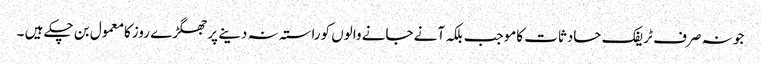
جو نہ صرف ٹریفک حادثات کاموجب بلکہ آنے جانے والوں کوراستہ نہ دینے پرجھگڑے روزکامعمول بن چکے ہیں ۔